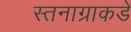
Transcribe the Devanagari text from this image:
स्तनाग्राकडे